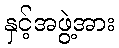
နှင့်အဖွဲ့အား